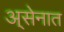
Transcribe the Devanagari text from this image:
अ्सेनात